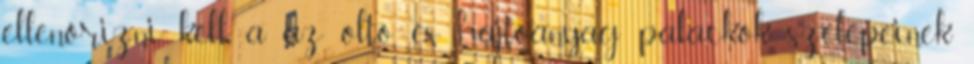
ellenõrizni kell. a az oltó és hajtóanyag palackok szelepeinek